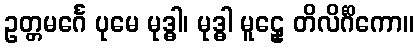
ဥတ္တမင်္ဂေ ပုမေ မုဒ္ဓါ၊ မုဒ္ဓါ မူဠှေ တိလိင်္ဂိကော။